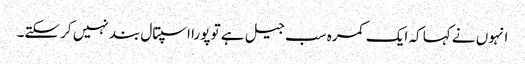
انہوں نے کہا کہ ایک کمرہ سب جیل ہے تو پورا اسپتال بند نہیں کر سکتے۔